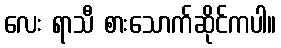
လေး ရာသီ စားသောက်ဆိုင်ကပါ။